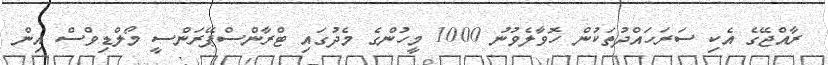
ރާއްޖޭގެ އެކި ސަރަހައްދުތަކުން ހޮވާލެވުނު 1000 މީހުންގެ މެދުގައި ޓްރާންސްޕޭރަންސީ މޯލްޑިވްސް އިން